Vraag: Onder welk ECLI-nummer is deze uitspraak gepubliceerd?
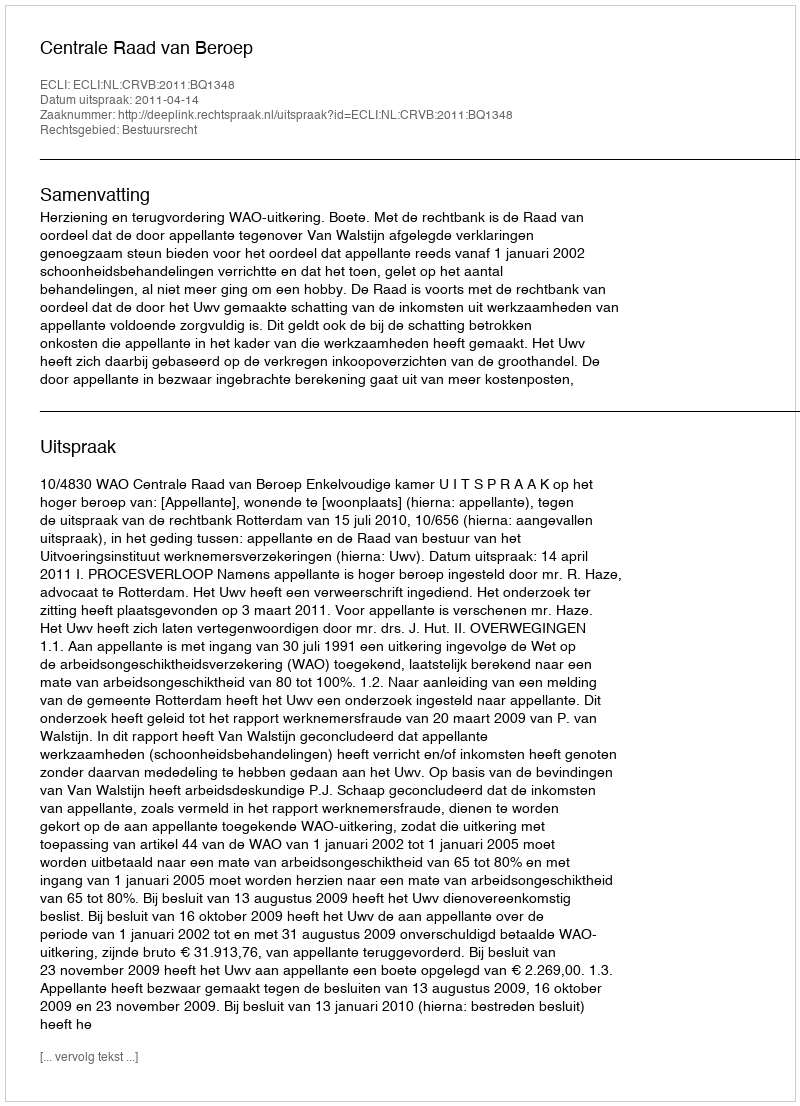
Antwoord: ECLI:NL:CRVB:2011:BQ1348